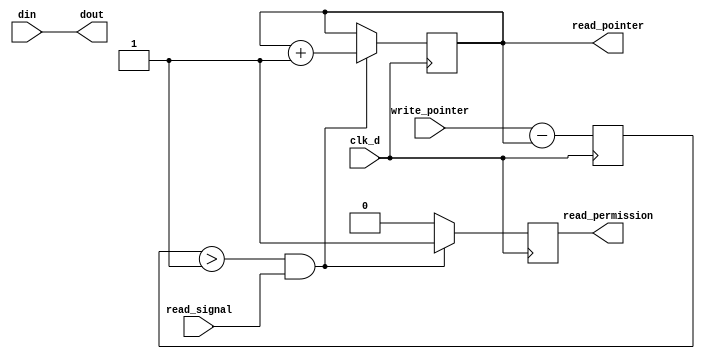
`timescale 1ns / 1ps
//////////////////////////////////////////////////////////////////////////////////
// Company: 
// Engineer: 
// 
// Design Name: 
// Module Name: destination_control
// Project Name: 
// Target Devices: 
// Tool Versions: 
// Description: 
// 
// Dependencies: 
// 
// Revision:
// Revision 0.01 - File Created
// Additional Comments:
// 
//////////////////////////////////////////////////////////////////////////////////


module destination_control(
    input clk_d,
    input read_signal,
    input [7:0] din,
    input [2:0] write_pointer,
    output reg [2:0] read_pointer = 0,
    output reg read_permission,
    output [7:0] dout
    );
    
    assign dout = din;
    reg [2:0] ff_status;
    always @(posedge clk_d)
    begin
        if ( ff_status > 1 && read_signal == 1)
        begin
            read_pointer <= read_pointer + 1;
            //dout <= din;
            read_permission <= 1;
        end
        else
            read_permission <= 0;
    end
    
    always @(posedge clk_d)
    begin
        ff_status <= write_pointer - read_pointer;
    end
    
    
endmodule